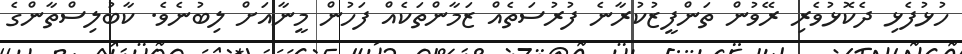
ހުޅުފެޅި ދެކޮޅުވެރި ރޭވުން ތަންފީޒުކުރާނެ ފުރުސަތެއް ޒަމާންތަކެއް ފަހުން މީނާއަށް ލިބުނެވެ. ކާބުލިސްތާންގެ